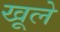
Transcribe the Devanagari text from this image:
खूले